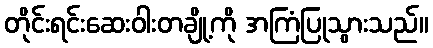
တိုင်းရင်းဆေးဝါးတချို့ကို အကြံပြုသွားသည်။